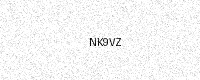
Text: NK9VZ